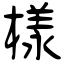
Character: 樣